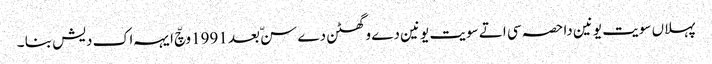
پہلاں سویت یونین دا حصہ سی اتے سویت یونین دے وگھٹن دے سنّ بعد 1991وچّ ایہہ اک دیش بنا ۔